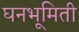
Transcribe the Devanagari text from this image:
घनभूमिती